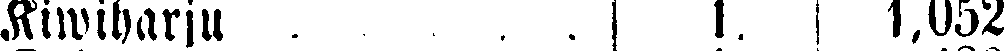
Kiwiharju 1. 1,052